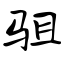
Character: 驵